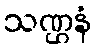
သဏ္ဌနံ